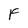
Character: F